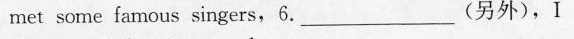
met some famous singers, 6. —— (另外) , I